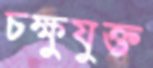
চক্ষুযুক্ত